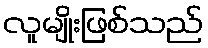
လူမျိုးဖြစ်သည်